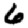
Digit: 6